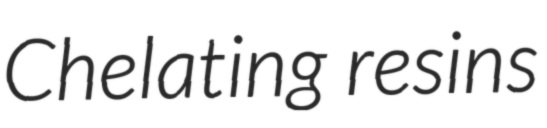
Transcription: Chelating resins